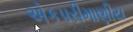
એકપરીમાણીય